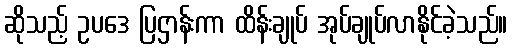
ဆိုသည့် ဥပဒေ ပြဌာန်းကာ ထိန်းချုပ် အုပ်ချုပ်လာနိုင်ခဲ့သည်။